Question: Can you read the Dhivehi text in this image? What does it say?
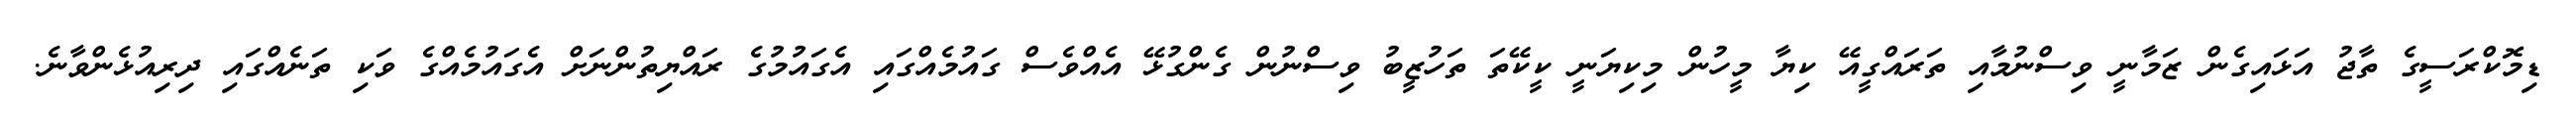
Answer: ޑިމޮކްރަސީގެ ތާޖު އަޅައިގެން ޒަމާނީ ވިސްނުމާއި ތަރައްގީއޭ ކިޔާ މީހުން މިކިޔަނީ ކީކޭތަ ތަހުޒީބު ވިސްނުން ގެންގުޅޭ އެއްވެސް ގައުމެއްގައި އެގައުމުގެ ރައްޔިތުންނަށް އެގައުމެއްގެ ވަކި ތަނެއްގައި ދިރިއުޅެންވާނެ.